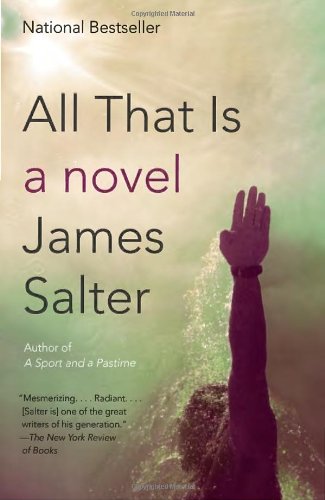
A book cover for All That Is: A Novel (Vintage International); James Salter; Literature & Fiction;